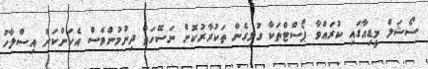
ސޯޝަލް މީޑިއާގައި ކުރައްވާ ޕޯސްޓްތަކާ ގުޅިގެން ތަކުރާރުކޮށް ނަސޭހަތް ދިނުމުންވެސް އެކަންކަން އިސްލާހު